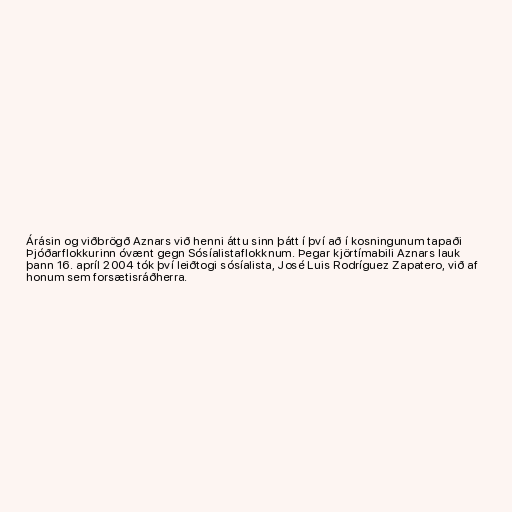
Árásin og viðbrögð Aznars við henni áttu sinn þátt í því að í kosningunum tapaði
Þjóðarflokkurinn óvænt gegn Sósíalistaflokknum. Þegar kjörtímabili Aznars lauk
þann 16. apríl 2004 tók því leiðtogi sósíalista, José Luis Rodríguez Zapatero, við af
honum sem forsætisráðherra.